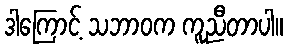
ဒါကြောင့် သဘာဝက ကူညီတာပါ။